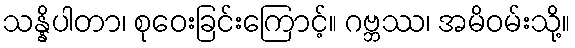
သန္နိပါတာ၊ စုဝေးခြင်းကြောင့်။ ဂဗ္ဘဿ၊ အမိဝမ်းသို့။